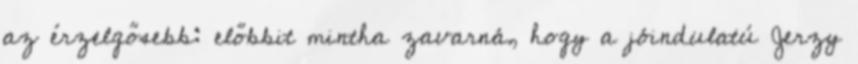
az érzelgősebb: előbbit mintha zavarná, hogy a jóindulatú Jerzy